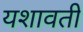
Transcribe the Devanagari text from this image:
यशावती